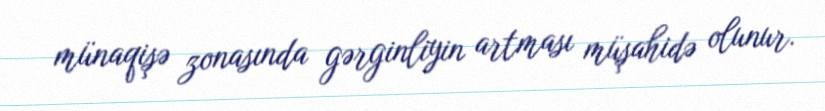
münaqişə zonasında gərginliyin artması müşahidə olunur.